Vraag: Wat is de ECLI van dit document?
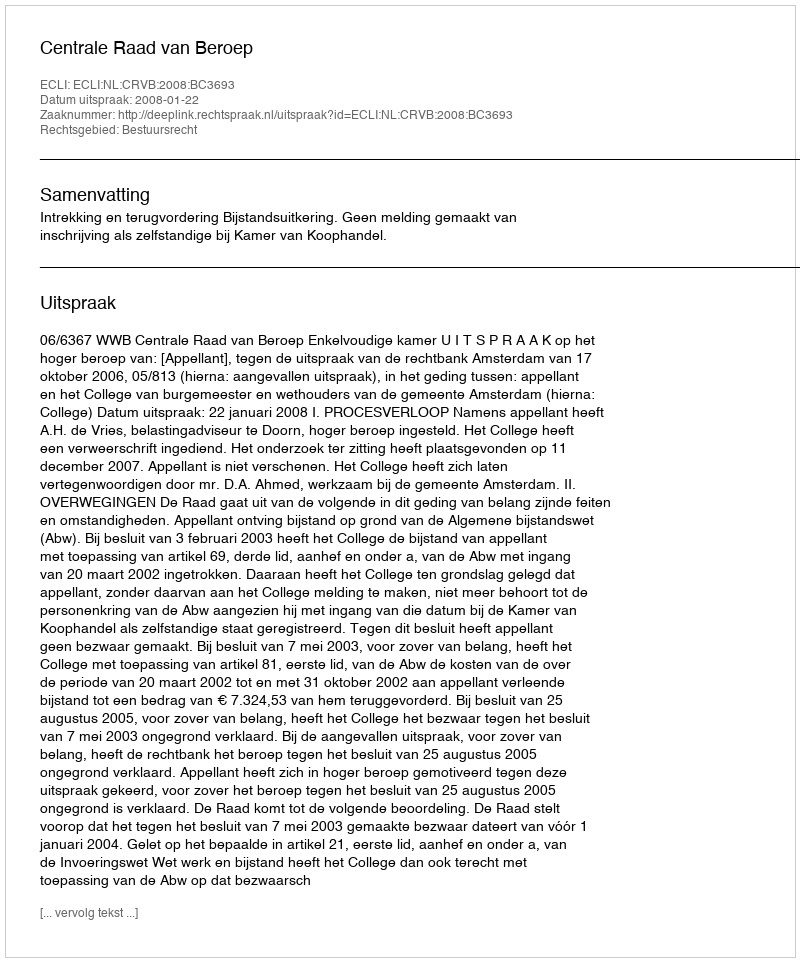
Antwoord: ECLI:NL:CRVB:2008:BC3693